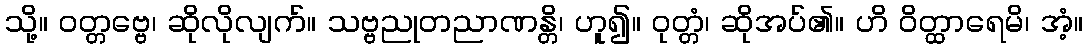
သို့။ ဝတ္တဗ္ဗေ၊ ဆိုလိုလျက်။ သဗ္ဗညုတညာဏန္တိ၊ ဟူ၍။ ဝုတ္တံ၊ ဆိုအပ်၏။ ဟိ ဝိတ္ထာရေမိ၊ အံ့။